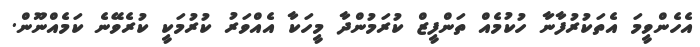
އެހެންވީމަ އެތަކުރުފާނަާ ހުކުމެއް ތަންފީޒް ކުރަމުންދާ މީހަކާ އެއްވަރު ކުރުމަކީ ކުރެވޭނެ ކަމެއްނޫން.